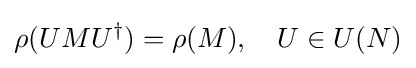
\rho (UMU^{\dagger })=\rho (M),\quad U\in U(N)